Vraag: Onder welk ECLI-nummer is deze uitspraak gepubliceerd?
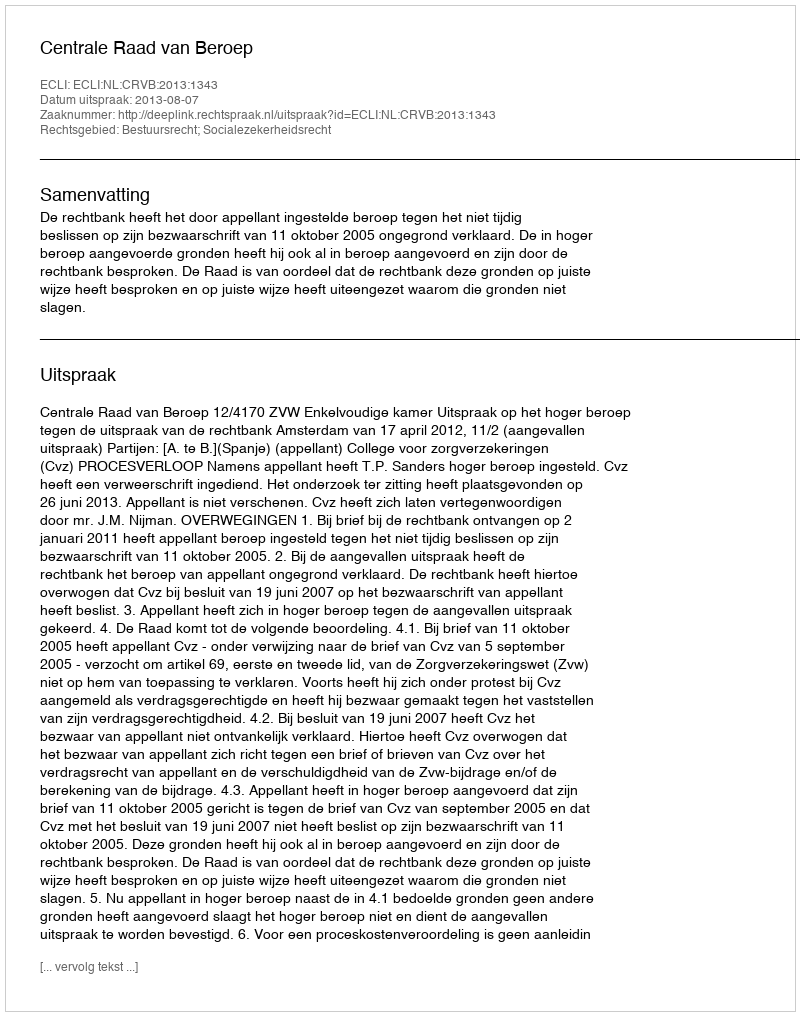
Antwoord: ECLI:NL:CRVB:2013:1343